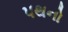
પથનો